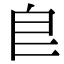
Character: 皀